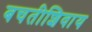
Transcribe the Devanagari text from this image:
बचतीशिवाय